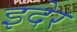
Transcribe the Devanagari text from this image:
इदेर